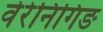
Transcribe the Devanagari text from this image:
वेरेनिगिङ